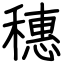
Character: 穗